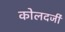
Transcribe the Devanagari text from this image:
कोलदर्जी